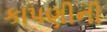
કાપણીની